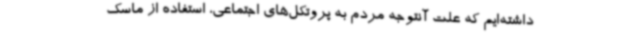
داشته‌ایم که علت آنتوجه مردم به پروتکل‌های اجتماعی، استفاده از ماسک